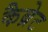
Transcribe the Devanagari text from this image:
कैब्रेट